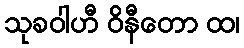
သုခဝါဟီ ဝိနီတော ထ၊